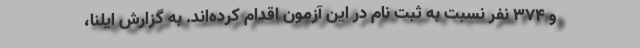
و ۳۷۴ نفر نسبت به ثبت نام در این آزمون اقدام کرده‌اند. به گزارش ایلنا،